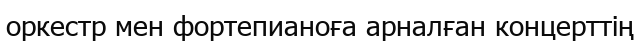
оркестр мен фортепианоға арналған концерттің